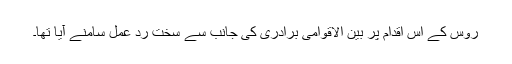
روس کے اس اقدام پر بین الاقوامی برادری کی جانب سے سخت ردِ عمل سامنے آیا تھا۔